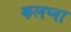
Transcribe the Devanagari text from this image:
कलप्ना